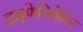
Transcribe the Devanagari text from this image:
डाइफेनिलेमिन